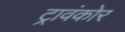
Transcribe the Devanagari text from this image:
ट्रावंकोर